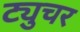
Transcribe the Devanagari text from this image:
ट्युचर